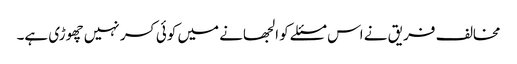
مخالف فریق نے اس مسئلے کو الجھانے میں کوئی کسر نہیں چھوڑی ہے۔